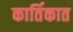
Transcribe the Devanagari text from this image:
कार्तिकात